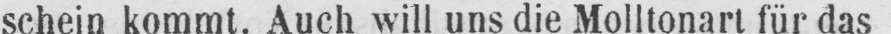
schein kommt. Auch will uns die Molltonart für das